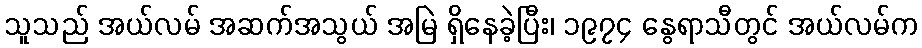
သူသည် အယ်လမ် အဆက်အသွယ် အမြဲ ရှိနေခဲ့ပြီး၊ ၁၉၇၄ နွေရာသီတွင် အယ်လမ်က